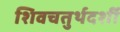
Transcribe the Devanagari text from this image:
शिवचतुर्थदर्शी